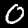
Digit: 0